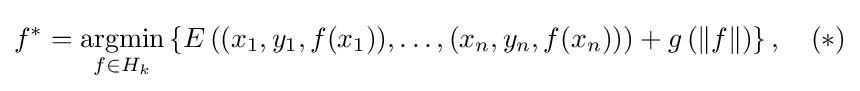
f^{*}={\underset {f\in H_{k}}{\operatorname {argmin} }}\left\lbrace E\left((x_{1},y_{1},f(x_{1})),\ldots ,(x_{n},y_{n},f(x_{n}))\right)+g\left(\lVert f\rVert \right)\right\rbrace ,\quad (*)